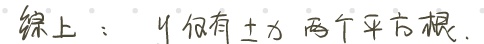
综上：$4$ 仅有 $\pm 2$ 两个平方根.